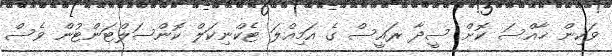
ވަކިން ޚާއްސަ ކޮށް ސީދާ ރައީސް ގެ އަމިއްލަ ޓެކްނިކަލް ކޮންސަލްޓަންޓުން ވެސް